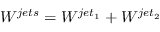
W ^ { j e t s } = W ^ { j e t _ { 1 } } + W ^ { j e t _ { 2 } }